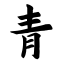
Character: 青